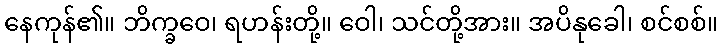
နေကုန်၏။ ဘိက္ခဝေ၊ ရဟန်းတို့။ ဝေါ၊ သင်တို့အား။ အပိနုခေါ၊ စင်စစ်။